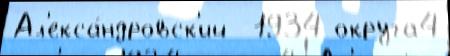
Ал'екса́ндровск'ий  1934 округа4